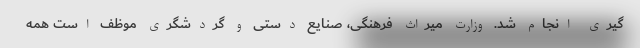
گیری انجام شد. وزارت میراث فرهنگی، صنایع دستی و گردشگری موظف است همه